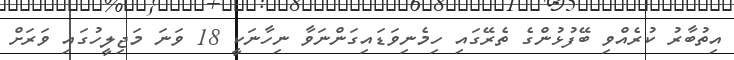
އިތުބާރު ކުރެއްވި ބޭފުޅުންގެ ތެރޭގައި ހިމެނިވަޑައިގަންނަވާ ނިހާނަކީ 18 ވަނަ މަޖިލީހުގައި ވަރަށް